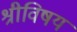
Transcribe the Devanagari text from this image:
श्रीविषय